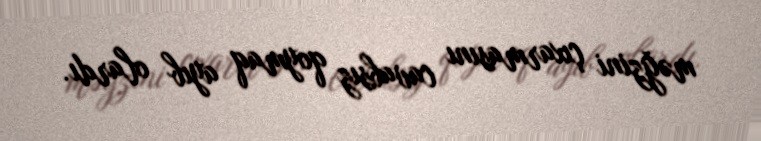
məğzini çıxarmasını cavabsız qoymaq ayıb olardı.